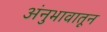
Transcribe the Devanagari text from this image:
अंनुभावातून